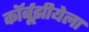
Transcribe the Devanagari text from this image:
कॉर्बूझीयेला